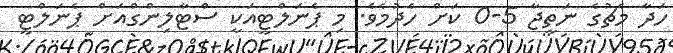
ހަދާ މެޗުގެ ނަތީޖާ 5-0 ކަށް ހެދުމެވެ. މި ޕެނަލްޓީއަކީ ސްޓާލިންގްއަށް ޕެނަލްޓީ